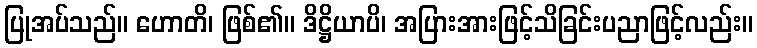
ပြုအပ်သည်။ ဟောတိ၊ ဖြစ်၏။ ဒိဋ္ဌိယာပိ၊ အပြားအားဖြင့်သိခြင်းပညာဖြင့်လည်း။